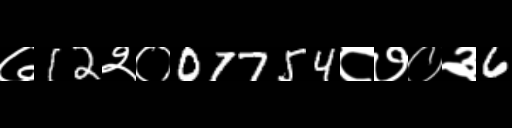
Text: ७12२०07754८७०३6